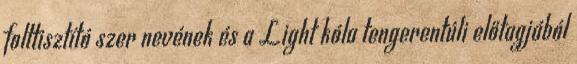
folttisztító szer nevének és a Light kóla tengerentúli előtagjából